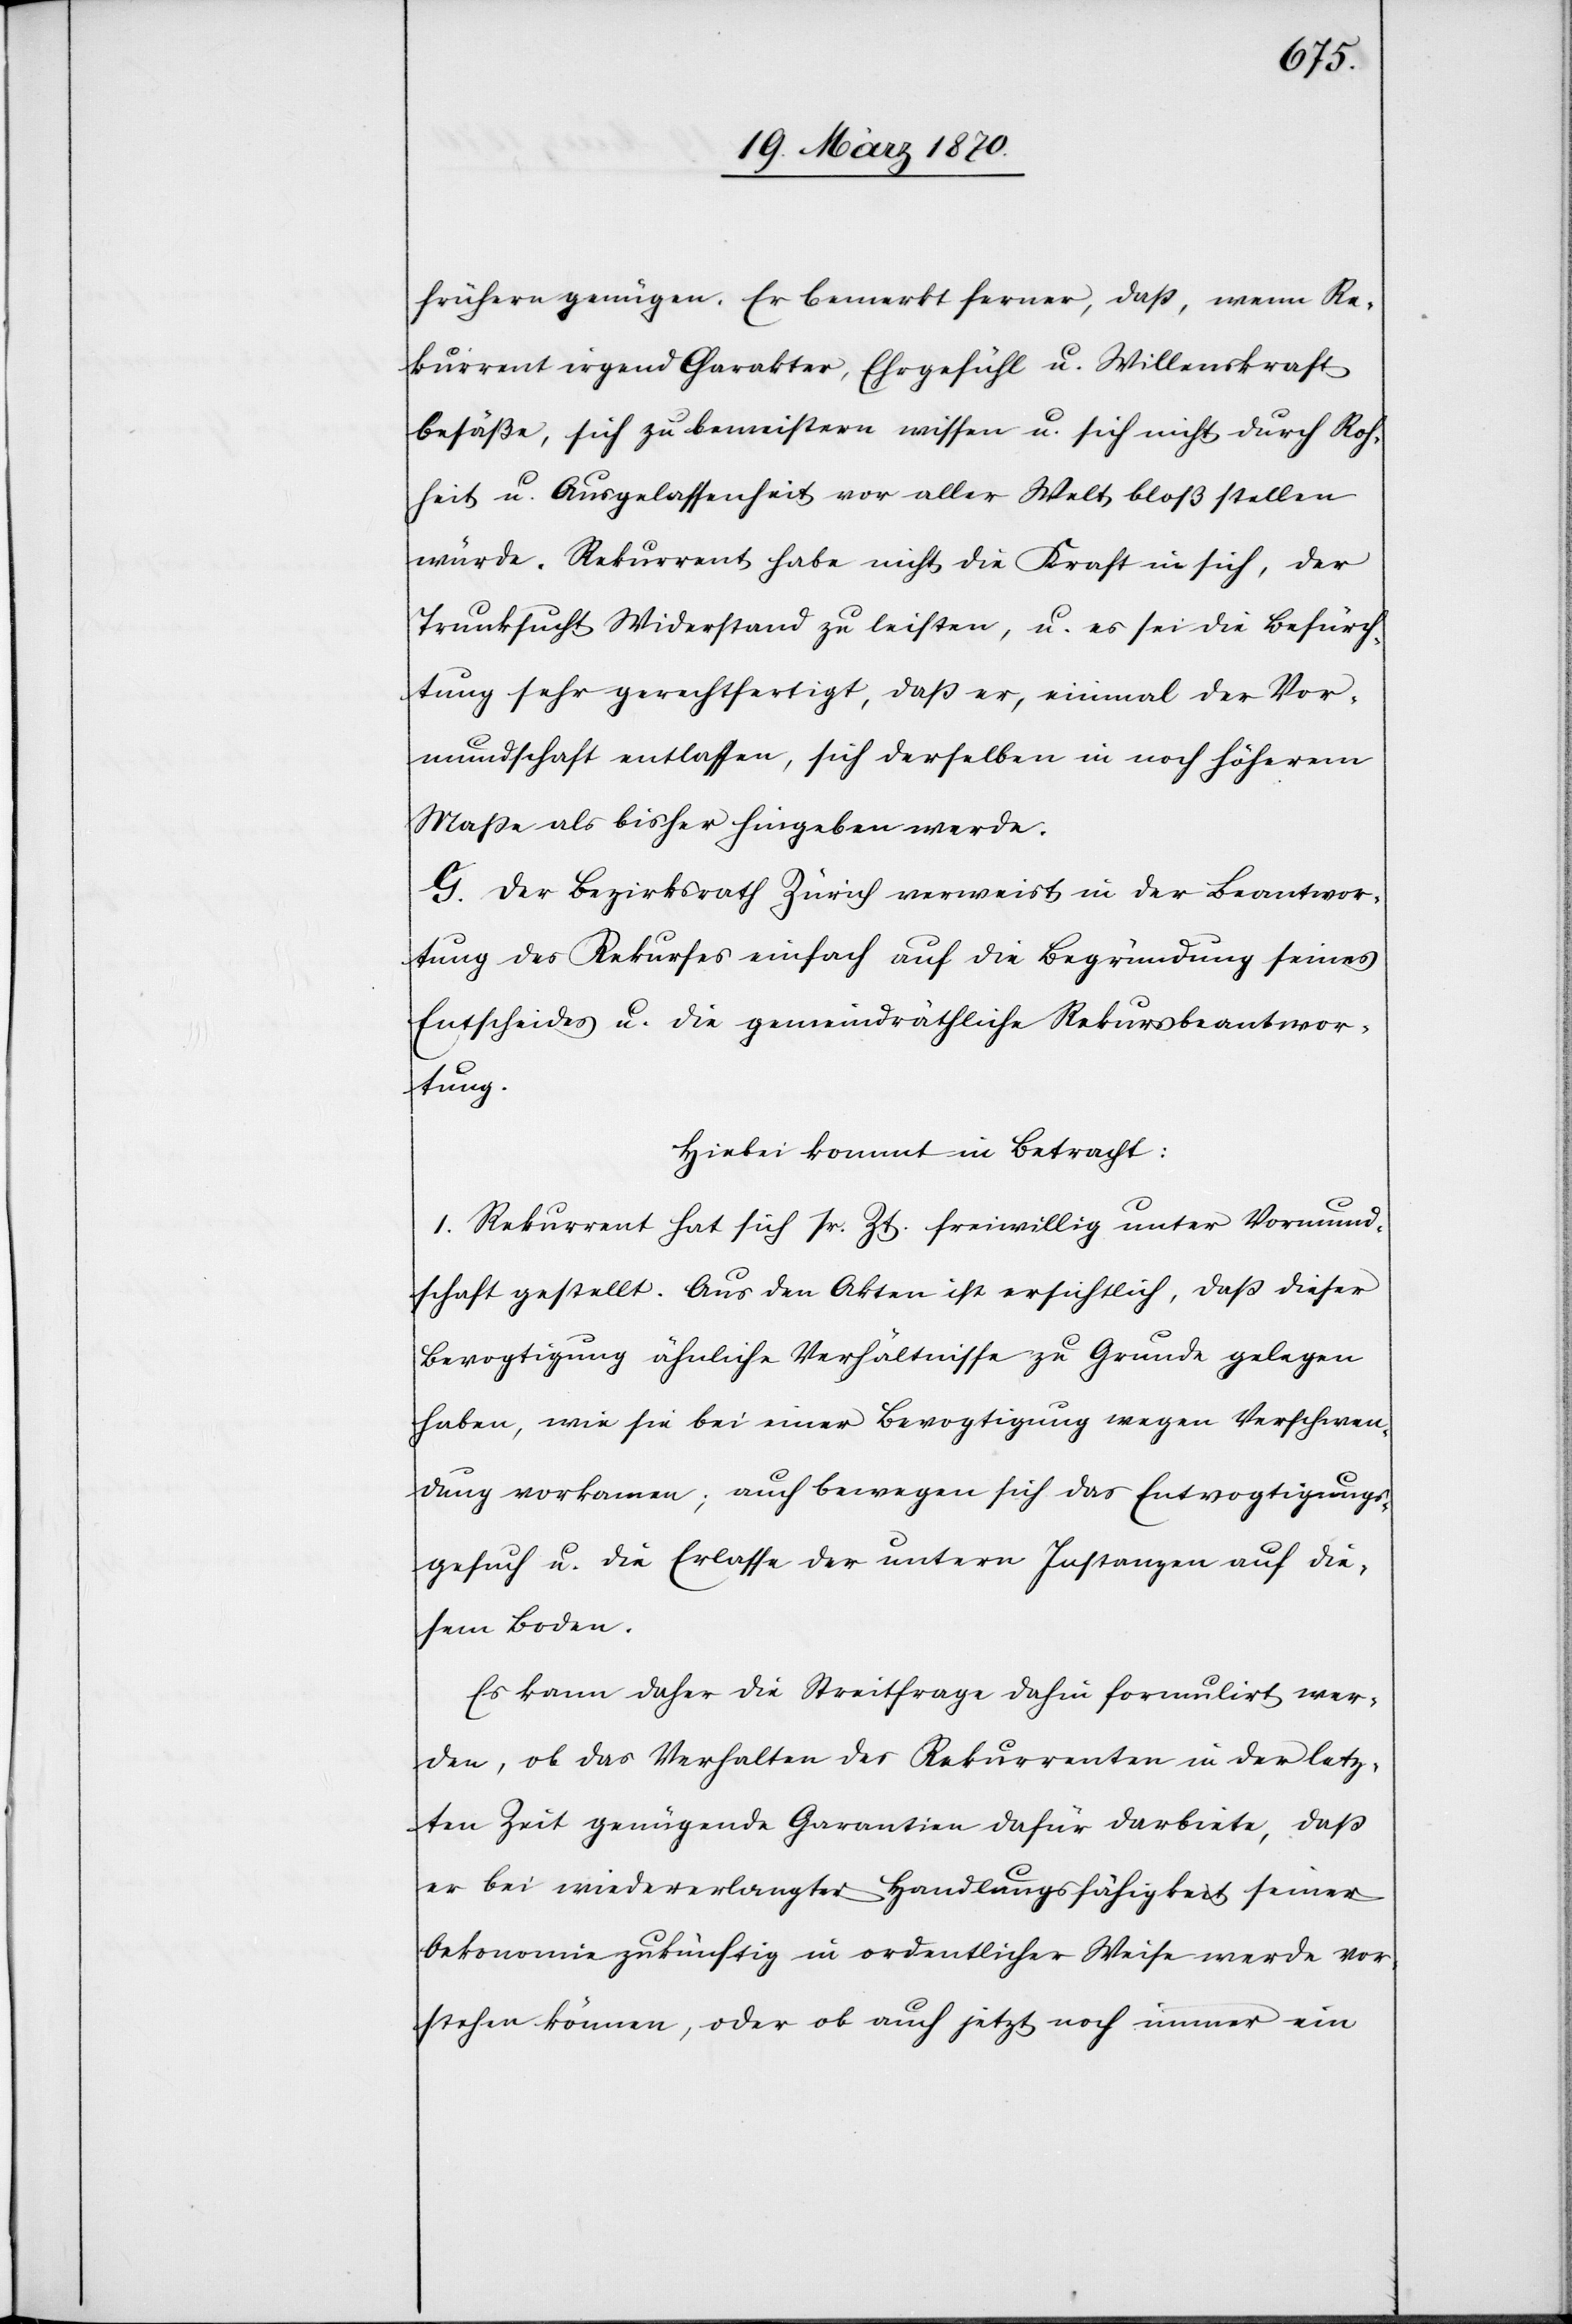
frühern genügen. Er bemerkt ferner, daß, wenn Re¬
kurrent irgend Charakter, Ehrgefühl u. Willenskraft
besäße, sich zu bemeistern wissen u. sich nicht durch Roh¬
heit u. Ausgelassenheit vor aller Welt bloß stellen
würde. Rekurrent habe nicht die Kraft in sich, der
Trunksucht Widerstand zu leisten, u. es sei die Befürch¬
tung sehr gerechtfertigt, daß er, einmal der Vor¬
mundschaft entlassen, sich derselben in noch höherem
Maße als bisher hingeben werde.
G. Der Bezirksrath Zürich verweist in der Beantwor¬
tung des Rekurses einfach auf die Begründung seines
Entscheides u. die gemeindräthliche Rekursbeantwor¬
tung.
Hiebei kommt in Betracht:
1. Rekurrent hat sich sr. Zt. freiwillig unter Vormund¬
schaft gestellt. Aus den Akten ist ersichtlich, daß dieser
Bevogtigung ähnliche Verhältnisse zu Grunde gelegen
haben, wie sie bei einer Bevogtigung wegen Verschwen¬
dung vorkamen; auch bewegen sich das Entvogtigungs¬
gesuch u. die Erlasse der untern Instanzen auf die¬
sem Boden.
Es kann daher die Streitfrage dahin formulirt wer¬
den, ob das Verhalten des Rekurrenten in der letz¬
ten Zeit genügende Garantien dafür darbiete, daß
er bei wiedererlangter Handlungsfähigkeit seiner
Oekonomie zukünftig in ordentlicher Weise werde vor¬
stehen können, oder ob auch jetzt noch immer ein